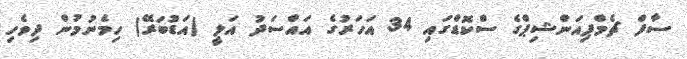
ސާފް ޗެމްޕިއަންޝިޕްގެ ސްކޮޑްގައި 34 އަހަރުގެ އައްސަދު އަލީ (އަޑުބަރޭ) ހިމެނުމުން ދިވެހި